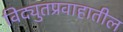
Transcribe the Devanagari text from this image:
विद्युतप्रवाहातील